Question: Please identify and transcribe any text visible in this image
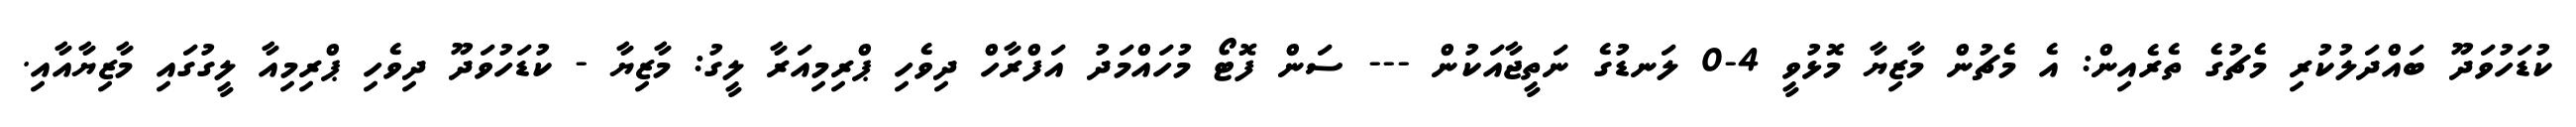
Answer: ކުޑަހުވަދޫ ބައްދަލުކުރި މެޗުގެ ތެރެއިން: އެ މެޗުން މާޒިޔާ މޮޅުވީ 4-0 ލަނޑުގެ ނަތީޖާއަކުން --- ސަން ފޮޓޯ މުހައްމަދު އަފްރާހް ދިވެހި ޕްރިމިއަރާ ލީގު: މާޒިޔާ - ކުޑަހުވަދޫ ދިވެހި ޕްރިމިއާ ލީގުގައި މާޒިޔާއާއި.